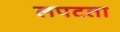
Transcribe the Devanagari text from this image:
लपटता